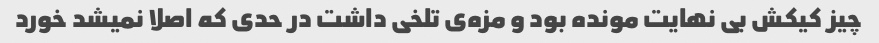
چیز کیکش بی نهایت مونده بود و مزه‌ی تلخی داشت در حدی که اصلا نمیشد خورد